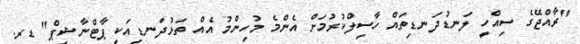
"ރާއްޖޭގެ ސިއްހީ ލަނޑުދަނޑިތައް ހާސިލްކުރުމަށް އެންމެ މުހިންމު އެއް ތަޅުދަނޑިއަކީ ޕާޓްނާޝިޕް" ޑރ.